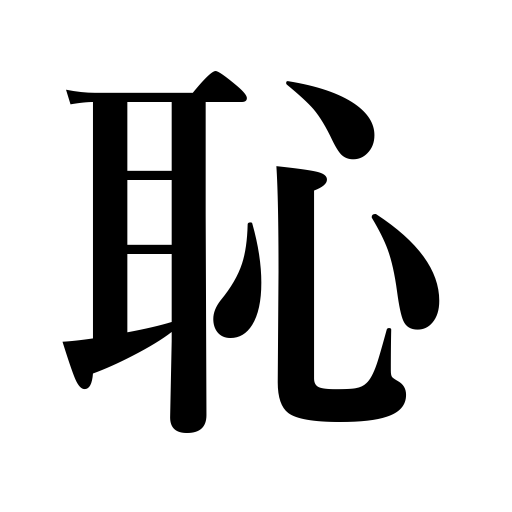
Meanings: dishonor,be coy,humiliation,be bashful,blush,ashamed,disgraceful,shame,feel ashamed,bashful,disgrace,shameful,feel shy,coy,insult